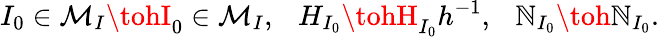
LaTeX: I_{0}\in{\cal{M}}_{I}\tohI_{0}\in{\cal{M}}_{I},\ \ \ H_{I_{0}}\tohH_{I_{0}}h^{-1},\ \ \ {\cal\mathbb{N}}_{I_{0}}\toh{\cal\mathbb{N}}_{I_{0}}.